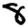
Digit: 8